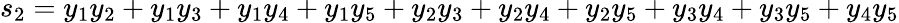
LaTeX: s_{2}=y_{1}y_{2}+y_{1}y_{3}+y_{1}y_{4}+y_{1}y_{5}+y_{2}y_{3}+y_{2}y_{4}+y_{2}y_{5}+y_{3}y_{4}+y_{3}y_{5}+y_{4}y_{5}